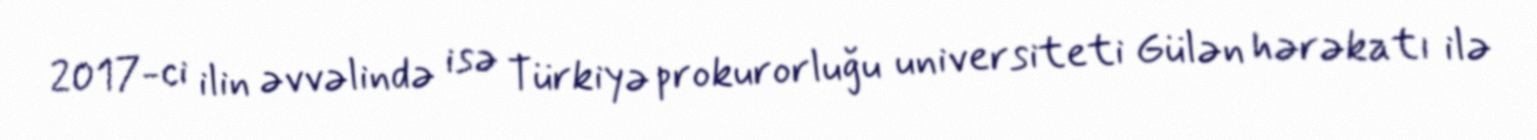
2017-ci ilin əvvəlində isə Türkiyə prokurorluğu universiteti Gülən hərəkatı ilə